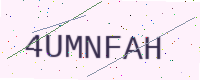
Text: 4UMNFAH